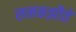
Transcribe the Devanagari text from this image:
समकझौते